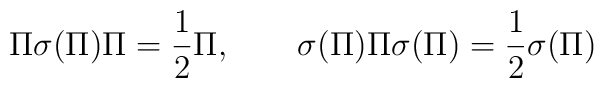
\Pi \sigma(\Pi) \Pi = \frac{1}{2} \Pi, \qquad\sigma(\Pi)\Pi\sigma(\Pi)=\frac{1}{2}\sigma(\Pi)